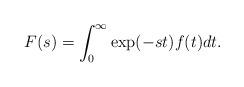
LaTeX: \begin{align*}F(s) = \int_{0}^{\infty} \exp(-st) f(t) dt. \end{align*}